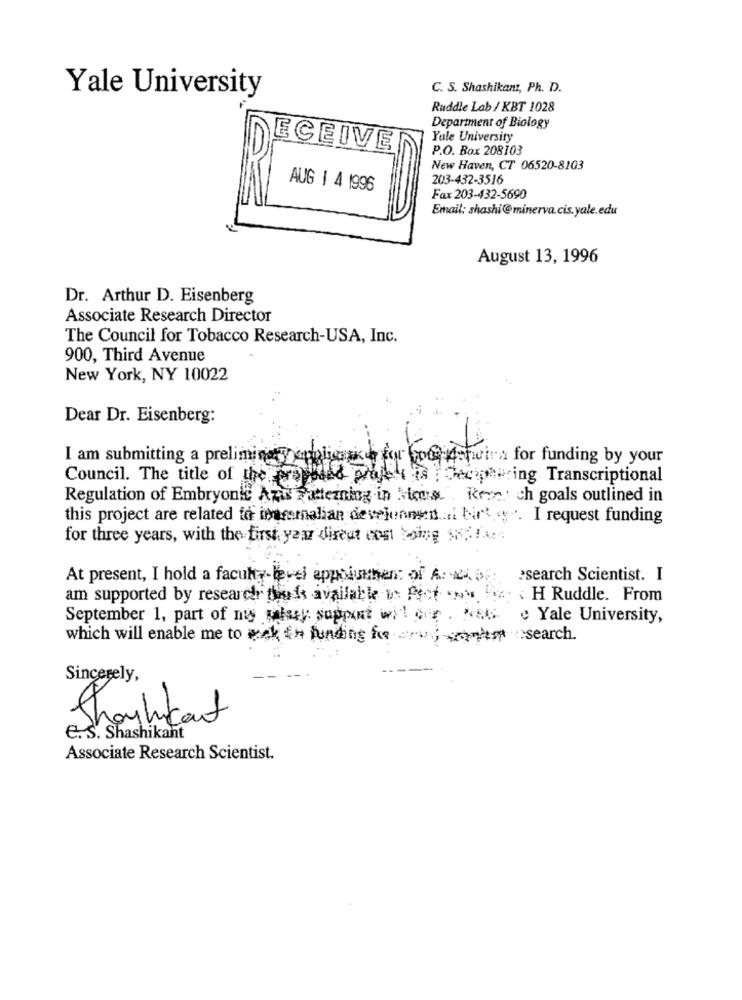
Yale University
C. S. Shashikant, Ph. D.
Ruddle Lab / KBT 1028
Department of Biology
Yale University
ECEIVE
P.O. Box 208103
New Haven, CT 06520-8103
203-432-3516
AUG | 4 1996
Fax 203-432-5690
Email: shashi@minerva.cis.yale.edu
August 13, 1996
Dr. Arthur D. Eisenberg
Associate Research Director
The Council for Tobacco Research-USA, Inc.
900, Third Avenue
New York, NY 10022
Dear Dr. Eisenberg:
I am submitting a prelimingy oublienice for bookofwine for funding by your
Council. The title of the raptand project is | deciphering Transcriptional
Regulation of Embryonic Azu Patterning in Mos . Revet ch goals outlined in
this project are related to imammalian development birty. I request funding
for three years, with the first year direut cont boing $ .. ! A ...
At present, I hold a faculty-level appbiuthen: of A: 24. 07:
·search Scientist. I
am supported by researdir theds available v Pect w x H Ruddle. From
September 1, part of my salary support wit cor . Posts e Yale University,
which will enable me to ask the funding forwoman search.
Sincerely,
Shoulkant
E. S. Shashikant
Associate Research Scientist.